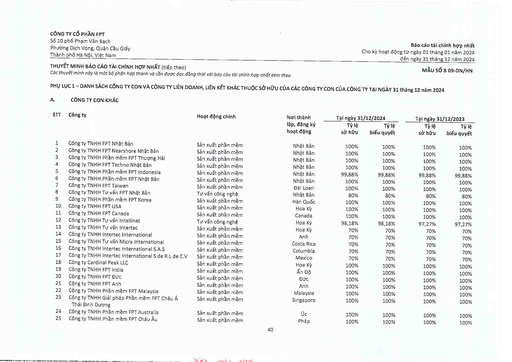
|STT|Công ty|Hoạt động chính|Nơi thành lập, đăng ký hoạt động|Tại ngày 31/12/2024|Tại ngày 31/12/2023| |---|---|---|---|---|---| |||||Tỷ lệ sở hữu|Tỷ lệ biểu quyết|Tỷ lệ sở hữu|Tỷ lệ biểu quyết| |1|Công ty TNHH FPT Nhật Bản|Sản xuất phần mềm|Nhật Bản|100%|100%|100%|100%| |2|Công ty TNHH FPT Nearshore Nhật Bản|Sản xuất phần mềm|Nhật Bản|100%|100%|100%|100%| |3|Công ty TNHH Phần mềm FPT Thượng Hải|Sản xuất phần mềm|Nhật Bản|100%|100%|100%|100%| |4|Công ty TNHH FPT Techno Nhật Bản|Sản xuất phần mềm|Nhật Bản|100%|100%|100%|100%| |5|Công ty TNHH Phần mềm FPT Indonesia|Sản xuất phần mềm|Nhật Bản|99,88%|99,88%|99,88%|99,88%| |6|Công ty TNHH Phần mềm FPT Nhật Bản|Sản xuất phần mềm|Nhật Bản|100%|100%|100%|100%| |7|Công ty TNHH FPT Taiwan|Sản xuất phần mềm|Đài Loan|100%|100%|100%|100%| |8|Công ty TNHH Tư vấn FPT Nhật Bản|Tư vấn công nghệ|Nhật Bản|80%|80%|80%|80%| |9|Công ty TNHH Phần mềm FPT Korea|Sản xuất phần mềm|Hàn Quốc|100%|100%|100%|100%| |10|Công ty TNHH FPT USA|Sản xuất phần mềm|Hoa Kỳ|100%|100%|100%|100%| |11|Công ty TNHH FPT Canada|Sản xuất phần mềm|Canada|100%|100%|100%|100%| |12|Công ty TNHH Tư vấn Intellinet|Tư vấn công nghệ|Hoa Kỳ|98,18%|98,18%|97,27%|97,27%| |13|Công ty TNHH Tư vấn Intertec|Sản xuất phần mềm|Hoa Kỳ|70%|70%|70%|70%| |14|Công ty TNHH Intertec International|Sản xuất phần mềm|Anh|70%|70%|70%|70%| |15|Công ty TNHH Tư vấn Micra International|Sản xuất phần mềm|Costa Rica|70%|70%|70%|70%| |16|Công ty TNHH Intertec International S.A.S|Sản xuất phần mềm|Colombia|70%|70%|70%|70%| |17|Công ty TNHH Intertec International S de R.L de C.V|Sản xuất phần mềm|Mexico|70%|70%|70%|70%| |18|Công ty Cardinal Peak LLC|Sản xuất phần mềm|Hoa Kỳ|100%|100%|100%|100%| |19|Công ty TNHH FPT India|Sản xuất phần mềm|Ấn Độ|100%|100%|100%|100%| |20|Công ty TNHH FPT Đức|Sản xuất phần mềm|Đức|100%|100%|100%|100%| |21|Công ty TNHH FPT Anh|Sản xuất phần mềm|Anh|100%|100%|100%|100%| |22|Công ty TNHH Phần mềm FPT Malaysia|Sản xuất phần mềm|Malaysia|100%|100%|100%|100%| |23|Công ty TNHH Giải pháp Phần mềm FPT Châu Á Thái Bình Dương|Sản xuất phần mềm|Singapore|100%|100%|100%|100%| |24|Công ty TNHH Phần mềm FPT Australia|Sản xuất phần mềm|Úc|100%|100%|100%|100%| |25|Công ty TNHH Phần mềm FPT Châu Âu|Sản xuất phần mềm|Pháp|100%|100%|100%|100%|